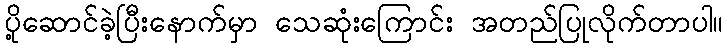
ပို့ဆောင်ခဲ့ပြီးနောက်မှာ သေဆုံးကြောင်း အတည်ပြုလိုက်တာပါ။